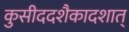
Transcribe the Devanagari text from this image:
कुसीददशैकादशात्